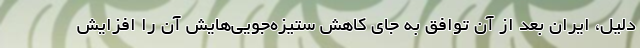
دلیل، ایران بعد از آن توافق به جای کاهش ستیزه‌جویی‌هایش آن را افزایش